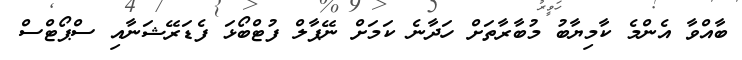
ބާއްވާ އެންމެ ކާމިޔާބު މުބާރާތަށް ހަދާނެ ކަމަށް ނޭޕާލް ފުޓްބޯޅަ ފެޑަރޭޝަނާއި ސްޕޯޓްސް